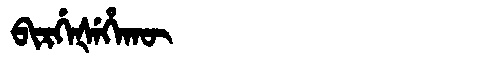
Manchu: ᠪᡳᡵᡤᡝᡧᡝᡥᠠᡴᡡ
Romanization: BIRGEŠEHAKŪ